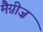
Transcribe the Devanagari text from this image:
मैग्नीज़